Lunatic asylums United Provinces 1909-1921 - 1909-1921
Year: 1909
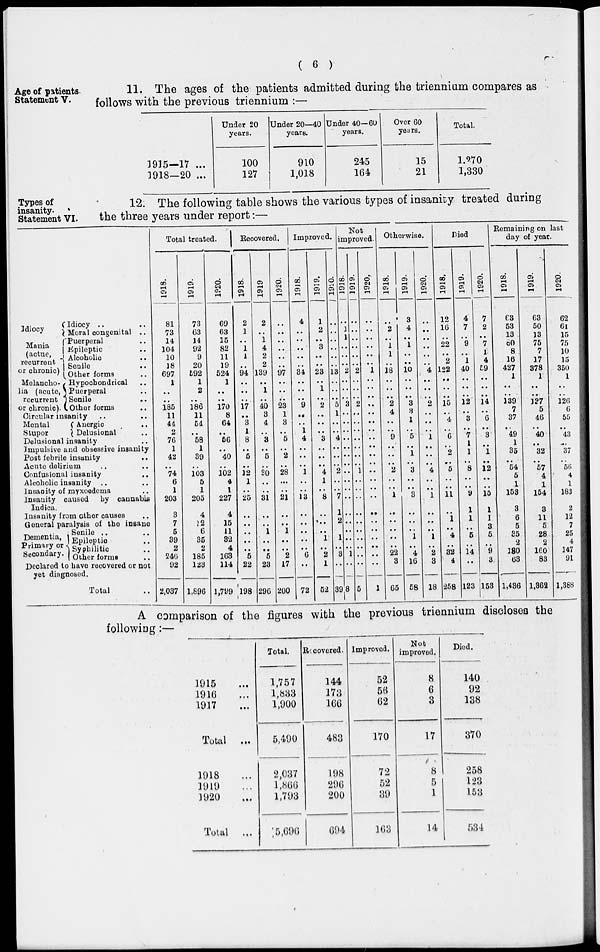
( 6 )
Age of patients.
Statement V.
11. The ages of the patients admitted during the triennium compares as
follows with the previous triennium :—
1915—17 ...
1918—20 ...
Under 20
years.
100
127
Under 20—40
years.
910
1,018
Under 40—60
years.
245
164
Over 60
years.
15
21
Total.
1,270
1,330
Types of
insanity.
Statement VI.
12. The following table shows the various types of insanity treated during
the three years under report:—
Idiocy
Mania
(actue,
recurrent
or chronic)
Melancho-
lia (acute,
recurrent
or chronic).
Idiocy ..
Moral congenital ..
Puerperal ..
Epileptic ..
Alcoholic ..
Senile ..
Other forms ..
Hypochondrical ..
Puerperal ..
Senile ..
Other forms ..
Circular insanity .. ..
Mental
Stupor
Anergic ..
Delusional ..
Delusional insanity
Impulsive and obsessive insanity
Post febrile insunity ..
Acute delirium .. ..
Confusional insanity ..
Alcoholic insanity ..
Insanity of myxoedema ..
Insanity caused
by cannabis
Indica.
Insanity from other causes ..
General paralysis of the insane
Dementia,
Primary or
Secondary.
Senile .. ..
Epileptic ..
Syphilitic ..
Other forms ..
Declared to have recovered or not
yet diagnosed.
Total ..
Total treated.
1918.
81
73
14
104
10
18
697
1
..
..
185
11
44
2
76
1
42
..
74
6
1
203
3
7
5
39
2
246
92
2,037
1919.
73
63
14
92
9
20
692
1
2
..
186
11
54
..
58
1
39
..
103
5
1
205
4
12
6
35
2
185
123
1,896
1920.
69
63
15
82
11
19
524
1
..
..
170
8
64
..
56
..
40
..
102
4
1
227
4
15
11
32
4
163
114
1,799
Recovered.
1918.
2
1
..
1
1
..
94
..
..
..
17
..
3
1
8
..
5
..
12
1
..
25
..
..
..
..
..
5
22
198
1919.
2
..
1
4
2
2
139
..
1
..
40
3
4
..
3
..
5
..
30
..
..
31
..
..
1
..
..
5
23
296
1920.
..
..
..
..
..
..
97
..
..
..
23
1
3
..
5
..
2
..
28
..
..
21
..
..
1
..
..
2
17
200
Improved.
1918.
4
..
..
..
..
..
34
..
..
..
9
..
..
1
4
..
..
..
1
..
..
13
..
..
..
..
..
6
..
72
1919.
1
2
..
3
..
..
23
..
1
..
2
..
..
..
3
..
..
..
4
1
..
8
..
..
..
1
..
2
1
52
1920.
..
..
..
..
..
..
13
..
..
..
5
1
..
..
4
..
..
..
2
..
..
7
1
2
..
1
..
3
..
39
Not
improved.
1918.
..
1
..
..
..
..
2
..
..
..
3
..
..
..
..
..
..
..
..
..
..
..
..
..
..
..
..
1
..
8
1919.
..
..
..
..
..
..
2
..
..
..
2
..
..
..
..
..
..
..
1
..
..
..
..
..
..
..
..
..
..
5
1920.
..
..
..
..
..
..
1
..
..
..
..
..
..
..
..
..
..
..
..
..
..
..
..
..
..
..
..
..
..
1
Otherwise.
1918.
..
2
..
1
1
..
18
..
..
..
2
4
..
..
9
..
..
..
2
..
..
1
..
..
..
..
..
22
3
65
1919.
3
4
..
1
..
..
10
..
..
..
3
8
1
..
5
..
1
..
3
..
..
3
..
..
..
1
..
4
16
58
1920.
..
..
..
..
..
..
4
..
..
..
2
..
..
..
1
..
..
..
4
..
..
1
..
..
..
1
..
2
3
18
Died
1918.
12
16
..
22
..
2
122
..
..
..
15
..
4
..
6
..
2
..
5
..
..
11
..
1
.. 4
..
32
4
258
1919.
4
7
..
9
..
1
40
..
..
..
12
..
3
..
7
1
1
..
8
..
..
9
1
1
..
5
..
14
..
123
1920.
7
2
..
7
1
4
59
..
..
..
14
..
6
..
3
..
1
..
12
..
..
15
1
1
3
5
..
9
3
153
Remaining on last
day of year.
1918.
63
53
13
60
8
16
427
1
..
..
139
7
37
..
49
1
35
..
54
5
1
153
3
6
5
35
2
180
63
1,436
1919.
63
50
13
75
7
17
378
1
..
..
127
5
46
..
40
..
32
..
57
4
1
154
3
11
5
28
2
160
83
1,362
1920.
62
61
15
75
10
15
350
1
..
..
126
6
55
..
43
..
37
..
56
4
1
183
2
12
7
25
4
147
91
1,388
A comparison of the figures with the previous triennium discloses the
following:—
1915 ...
1916 ...
1917 ...
Total
...
1918 ...
1919 ...
1920 ...
Total
...
Total.
1,757
1,833
1,900
5,490
2,037
1,866
1,793
5,696
Recovered.
144
173
166
483
198
296
200
694
Improved.
52
56
62
170
72
52
39
163
Not
improved.
8
6
3
17
8
5
1
14
Died.
140
92
138
370
258
123
153
534